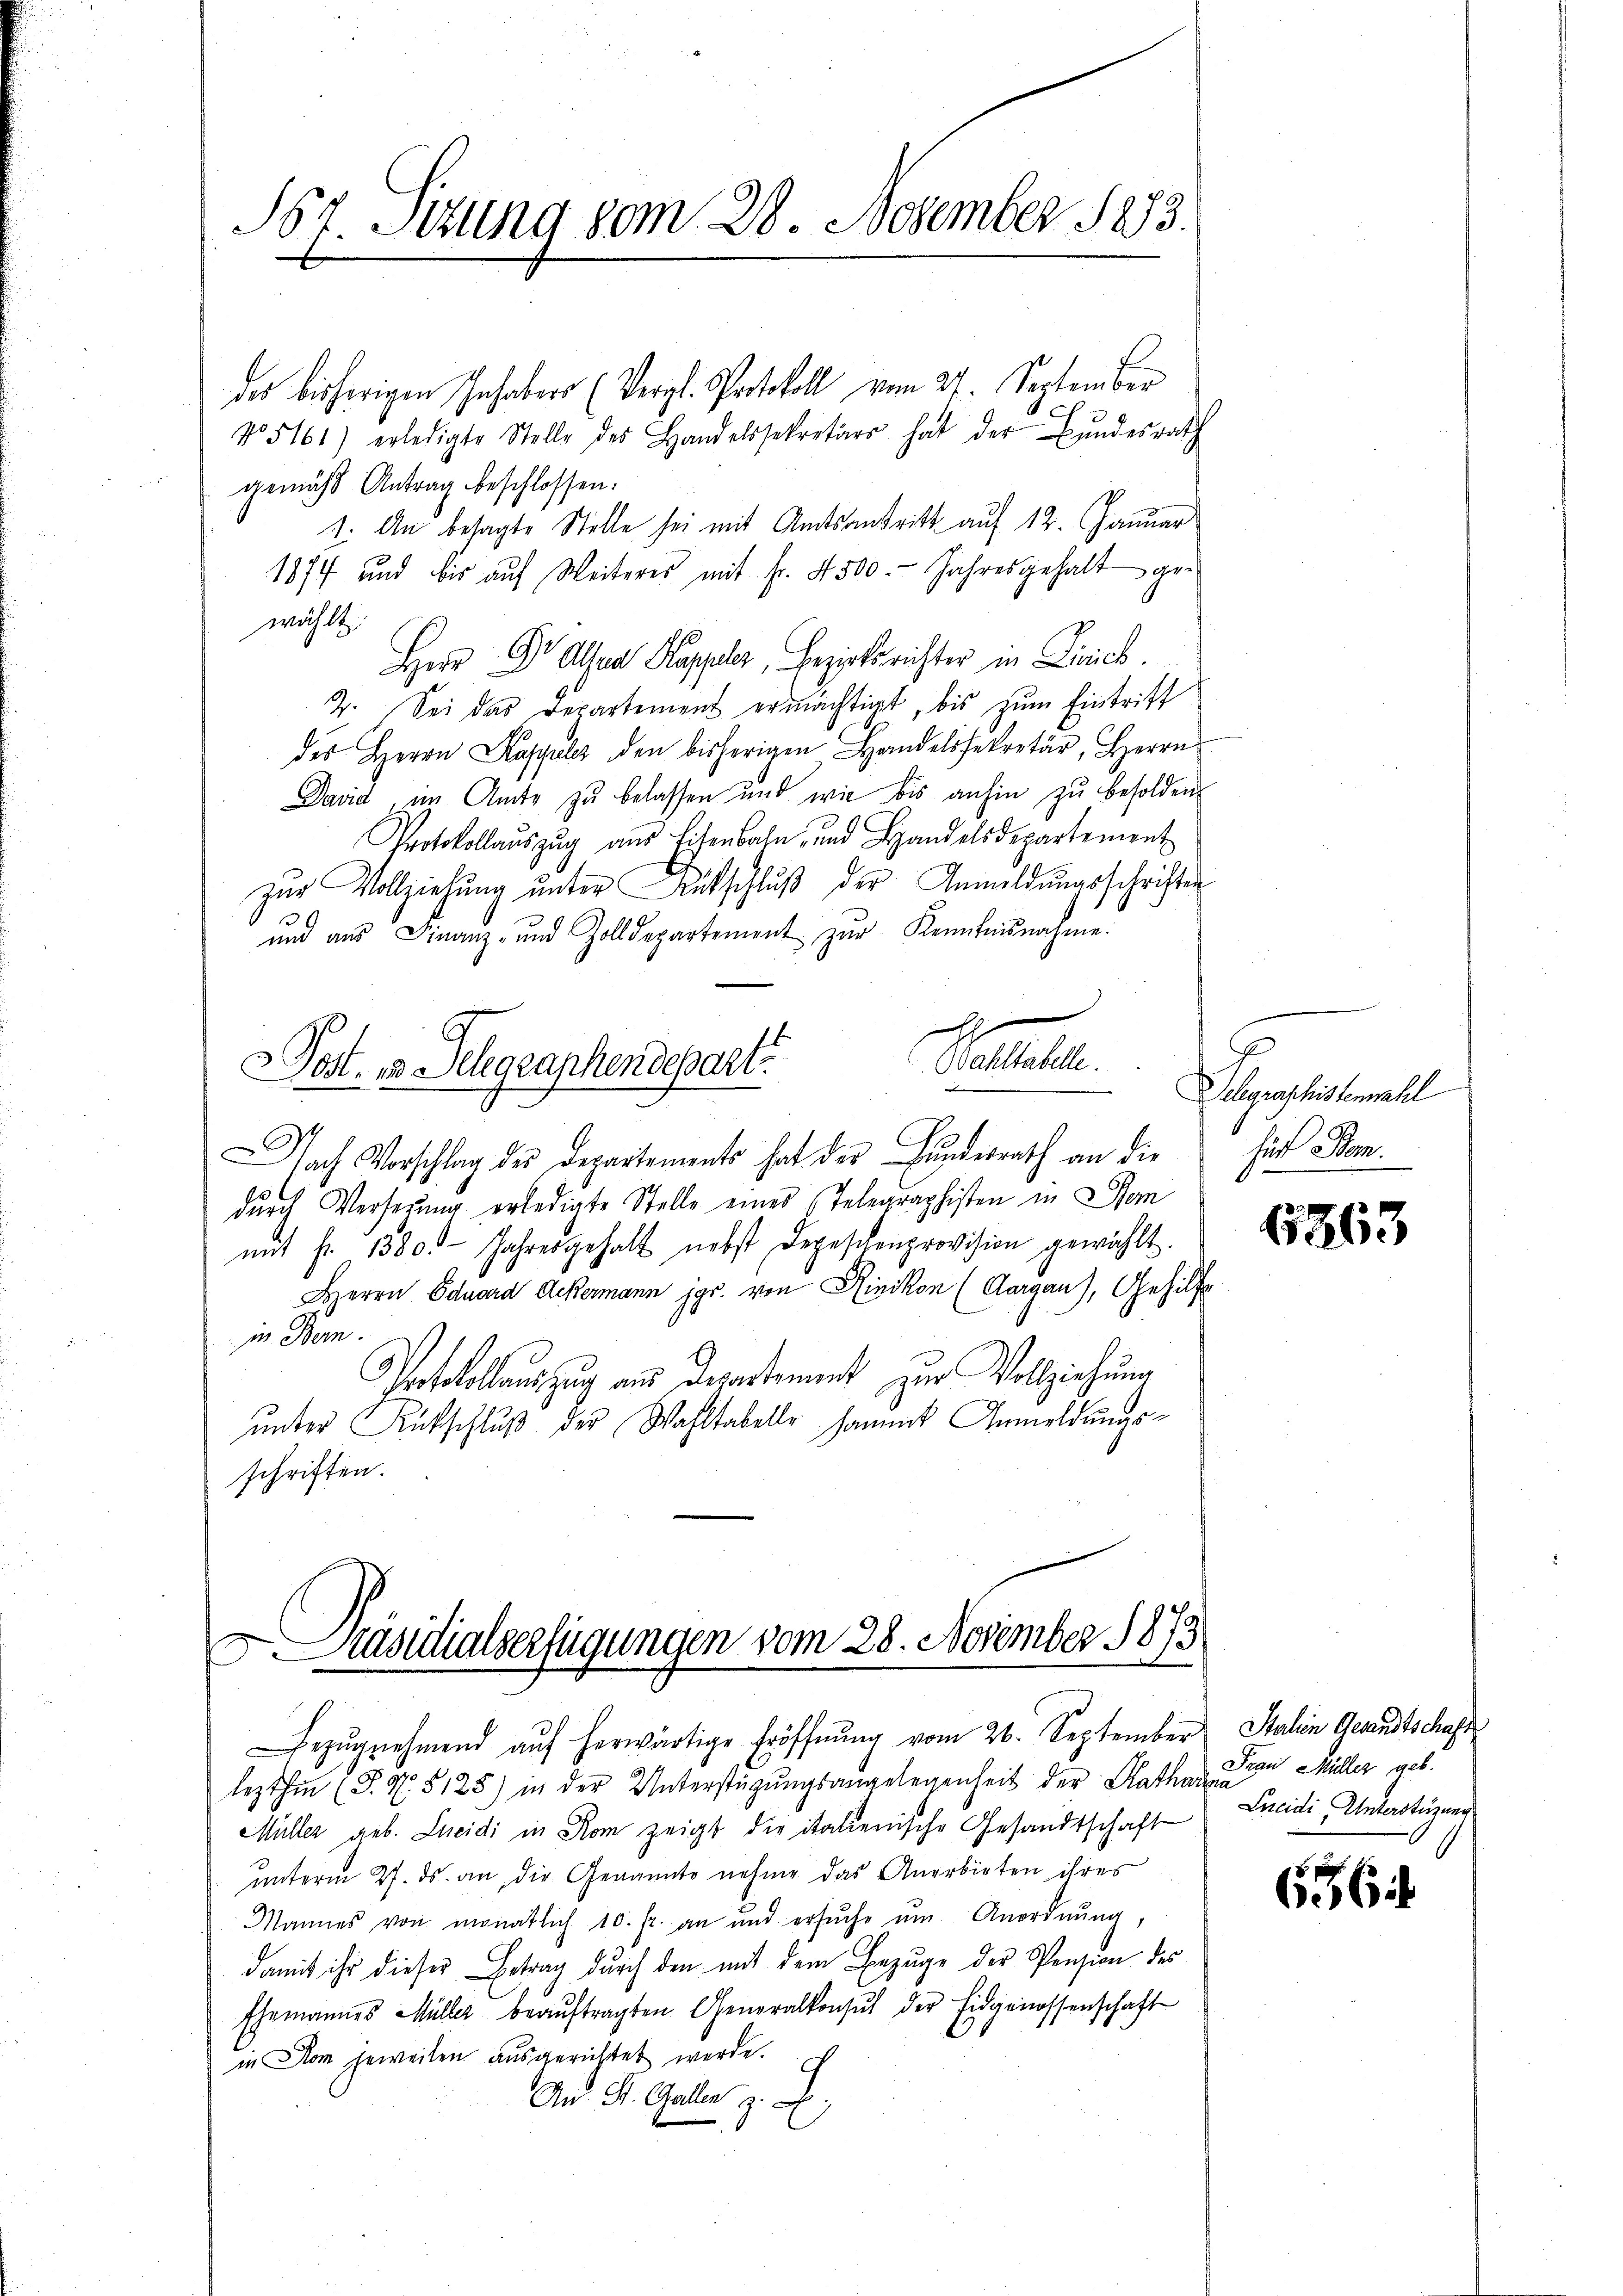
S6r Sitzung vom 28. November 1883.

des bisherigen Inhabers (Vergl. Protokoll vom 24. September
No 5161) erledigte Stelle des Handelssekretärs hat der Bŭndesrath
gemäß Antrag beschlossen:
1. An besagte Stelle sei mit Amtsantritt auf 12. Januar
1877 und bis auf Weiteres mit fr. 4500. Jahresgehalt gewählt:
Herr Dr Athen Kappler, Bezirksrichter in Dirich.
2. Sei das Departement ermächtigt, bis zum Eintriff
des Herrn Kaspuler den bisherigen Handelssekretär, Herrn
David, im Amte zu belassen und wie bis anhin zŭ besolden
Protokollaŭszŭg aŭs Eisenbahn, und Handelsdepartement
zur Vollziehung unter Aufschluß der Anmeldungsschriften
39
und aus Finanz- und Zolldepartement zŭr Kenntnisnahme:
Pestalter
Post- 13. Selegraphendepart
Nach Vorschlag des Departements hat der Bundesrath an die
durch Verserung erledigte Stelle eines Telegraphisten in Bem
mit fr. 1380. Jahresgehalt nebst Depeschenprovision gewählt.
Herrn Eduard Ackermann jgr. von Klinikon (Aargau), Gehilfe
in Bern.
Protokollauszug aus Departement zur Vollziehung
ŭnter Rutschlŭβ der Wahltabelle sammt Anmeldungsschriften.

Präsidialverfügungen vom 28. November 1873
a

Bezŭgnehmend aŭf herwärtige Eröffnŭng vom 26. September
lezthin (P. N. 5125) in der Unterstützŭngsangelegenheit der Kathard der Müller geb.
Müller geb. Lucidi in Rom zeigt die italienische Gesandtschaft
unterm 27. ds. an die Genannte nehme das Anerbieten ihres
Mannes von monatlich 10. fr. an und ersŭche ŭm Anordnung,
damit ihr dieser Betrag durch den mit dem Einzüge der Pension des
Ehemannes Müller beaŭftragten Generalkonsul der Eidgenossenschaft
in Dom jeweilen ausgerichtet werde.
An St. Galler z. B.

Sclaraphistemahl
für Bem

6363

Stahin Gesandtschaft
Lncidi, Unterstüzung

66